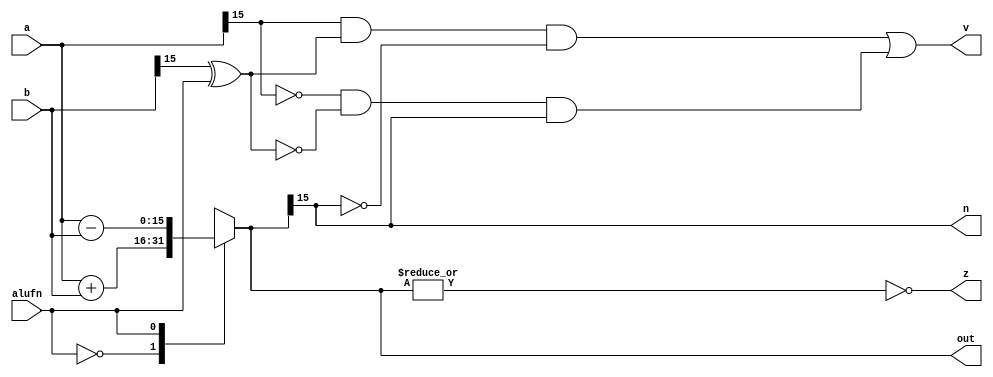
module adder_20 (
    input [15:0] a,
    input [15:0] b,
    input [0:0] alufn,
    output reg [15:0] out,
    output reg z,
    output reg v,
    output reg n
  );
  
  
  
  reg [15:0] s;
  
  always @* begin
    
    case (alufn)
      default: begin
        s = 16'h0000;
      end
      1'h0: begin
        s = a + b;
      end
      1'h1: begin
        s = a - b;
      end
    endcase
    n = s[15+0-:1];
    v = (a[15+0-:1] & (b[15+0-:1] ^ alufn) & ~s[15+0-:1]) | (~a[15+0-:1] & ~(b[15+0-:1] ^ alufn) & s[15+0-:1]);
    z = ~(|s);
    out = s;
  end
endmodule